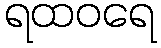
ရထဝရေ